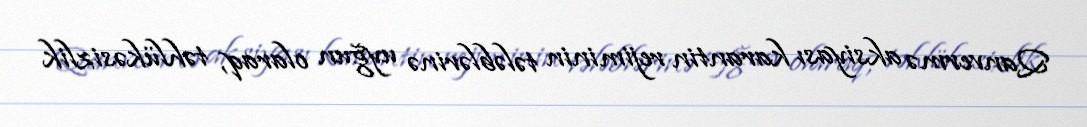
Qanvermə aksiyası karantin rejiminin tələblərinə uyğun olaraq, təhlükəsizlik